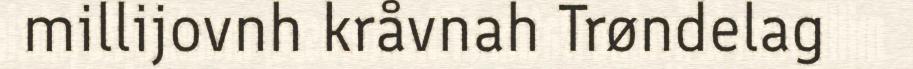
millijovnh kråvnah Trøndelag